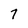
Character: 7